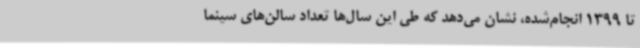
تا 1399 انجام‌شده، نشان می‌دهد که طی این سال‌ها تعداد سالن‌های سینما